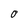
Character: O